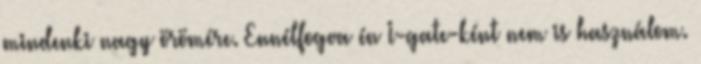
mindenki nagy örömére. Ennélfogva én I-gate-ként nem is használom.